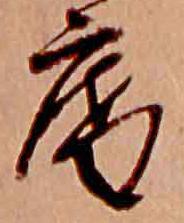
庵